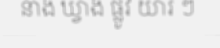
នាង ឃ្វាង ផ្លូវ យារ ៗ